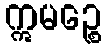
ဣမဉ္စေ